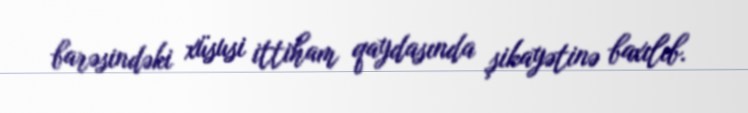
barəsindəki xüsusi ittiham qaydasında şikayətinə baxılıb.